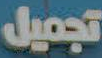
تجميل